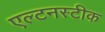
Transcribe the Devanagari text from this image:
एल्टनस्टीक